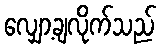
လျှော့ချလိုက်သည်